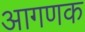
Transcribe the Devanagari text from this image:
आगणक